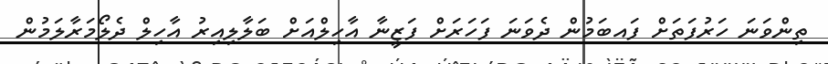
ތިންވަނަ ހަރުފަތަށް ފައބަމުން ދެވަނަ ފަހަރަށް ފަޒީނާ އާހިލްއަށް ބަލާލިއިރު އާހިލް ދެލޯމަރާލަމުން